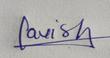
Signature authenticity: genuine